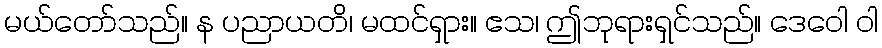
မယ်တော်သည်။ န ပညာယတိ၊ မထင်ရှား။ ဧသ၊ ဤဘုရားရှင်သည်။ ဒေဝေါ ဝါ